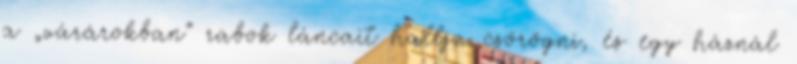
a „várárokban” rabok láncait hallja csörögni, és egy háznál